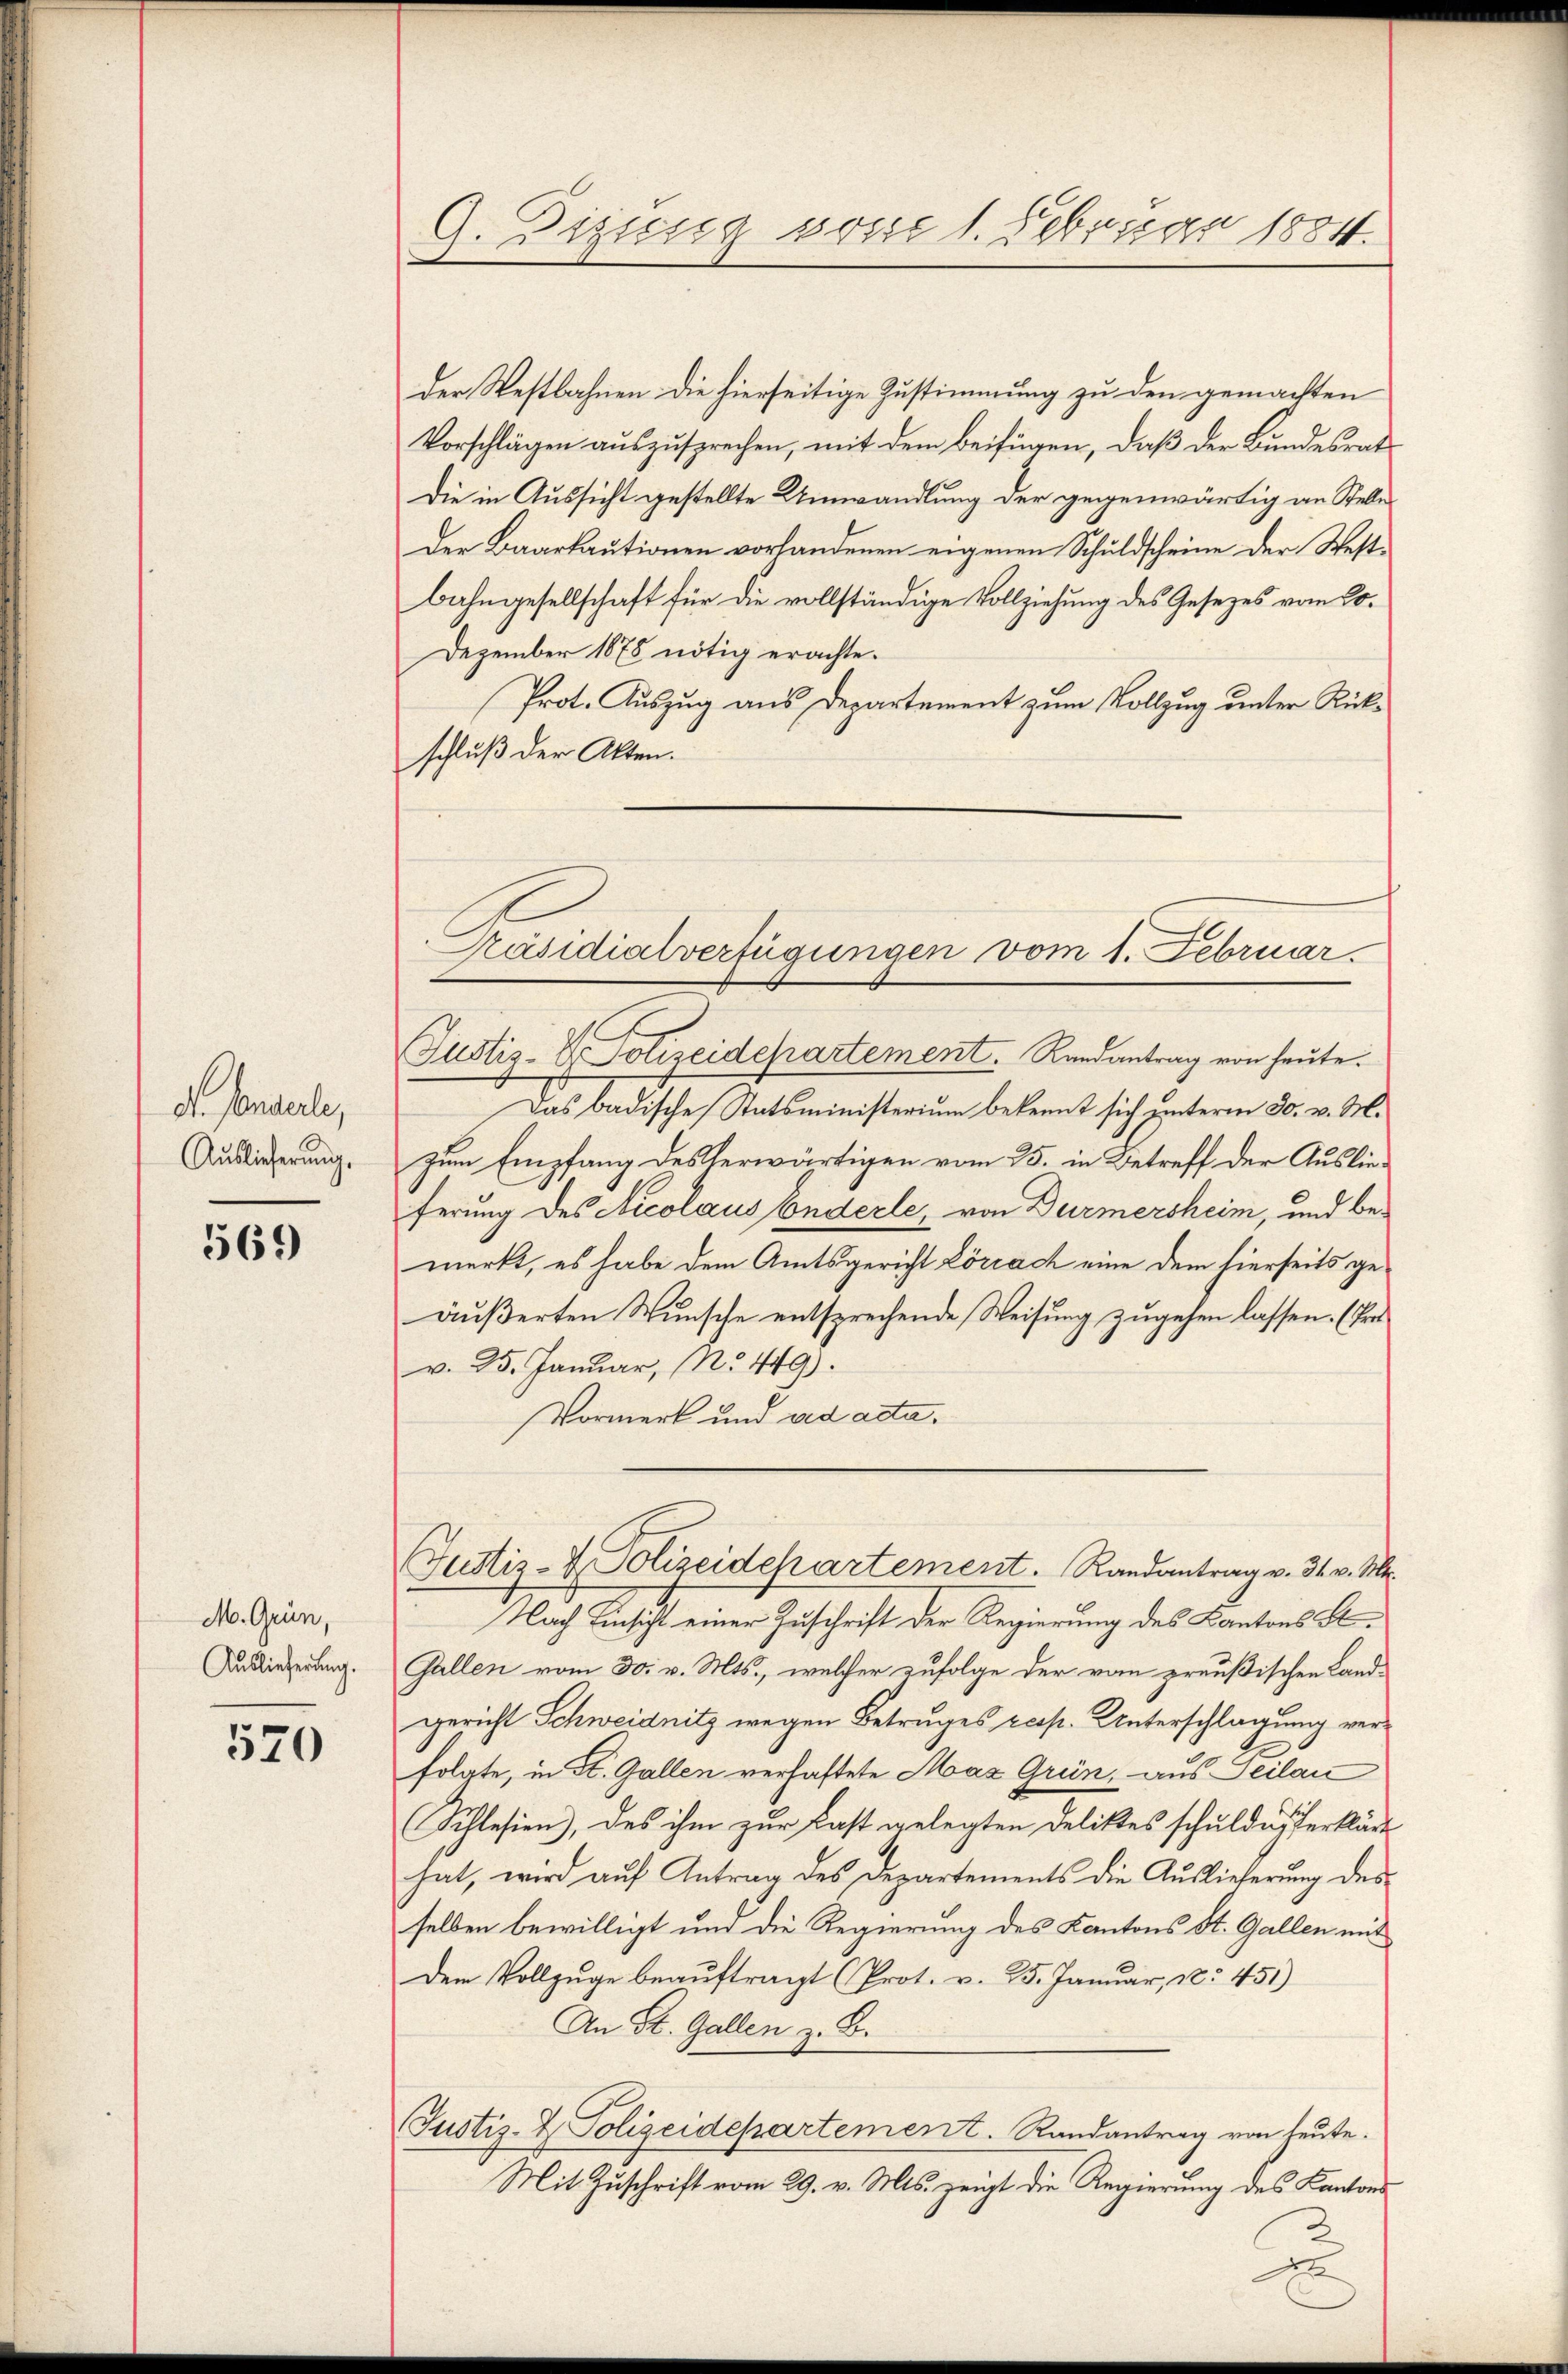
dt. Sonderle,
Auslieferung.

569

M. Grün,
Auslieferung.

570

G. Digung vom 1. Februar 1884.

der Westbahnen die hierseitige Zustimmung zu den gemachten
Vorschlägen auszusprechen, mit dem Beifügen, daß der Bundesrat
Die in Aussicht gestellte Umwandlung der gegenwärtig an Stelle
Der Baarkautionen vorhandenen eigenen Schuldscheine der West-
bahngesellschaft für die vollständige Vollziehung des Gesetzes vom Lo¬
Dezember 1878 nötig erachte¬
Prot. Auszug aus Departement zum Vollzug unter Rückschluß der Akten.
Justiz- & Polizeidepartement. Rundantrag von heute.
Das badische Statsministerium bekennt sich unterm 30. v. M.
zum Empfang des herwärtigen vom 25. in Betreff der Auslieferung des Nicolaus Enderle, von Dürmersheim, und bemerkt, es habe dem Amtsgericht Lörrach eine dem hierseits geäußerten Wunsche entsprechende Weisung zugehen lassen. (Fra
v. 25. Januar, No. 449).
Vormerk und ad acta.
Justiz- & Polizeidepartement. Randantrag v. 31. v. Mr.
Nach Einsicht einer Zuschrift der Regierung des Kantons St.
Gallen vom 30. v. Mts., welcher zufolge der vom preußischen Land-
gericht Schweidnitz wegen Betruges resp. Unterschlagung verfolgte, in St. Gallen verhaftete Mas Grün, aus Seilan
Schlesien, des ihm zur Fast gelegten Deliktes schuldig erklärte
hat, wird auf Antrag des Departements die Auslieferung des
selben bewilligt und die Regierung des Kantons St. Gallen mit
Dem Vollzuge beauftragt (Prot. v. 25. Januar, 1451)
An St. Gallen z. B.
Justiz- & Polizeidepartement. Randantrag von heute.
Mit Zuschrift vom 29. v. Mts. zeigt die Regierung des Kantons
2

Präsidialverfügungen vom 1. Februar.